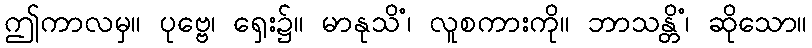
ဤကာလမှ။ ပုဗ္ဗေ၊ ရှေး၌။ မာနုသိံ၊ လူစကားကို။ ဘာသန္တိံ၊ ဆိုသော။